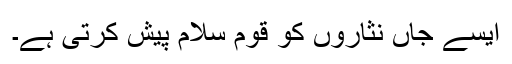
ایسے جاں نثاروں کو قوم سلام پیش کرتی ہے۔